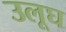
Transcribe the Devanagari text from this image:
उलूघ